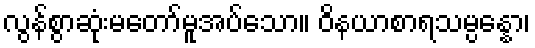
လွန်စွာဆုံးမတော်မူအပ်သော။ ဝိနယာစာရသမ္ပန္နော၊